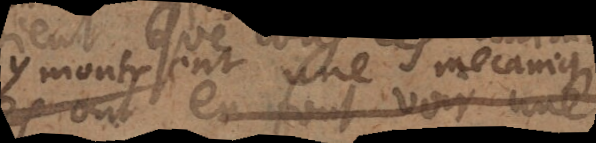
montrent une mecanique